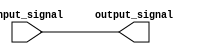
module LVCMOS_buffer (
    input wire input_signal,
    output reg output_signal
);

assign output_signal = input_signal;

endmodule